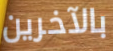
بالآخرين